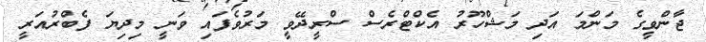
ޖާންވީގެ މަންމަ އަދި މަޝްހޫރު އެކްޓްރެސް ސްރީދޭވީ މަރުވެފައި ވަނީ މިދިޔަ ފެބްރުއަރީ